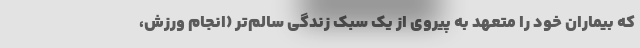
که بیماران خود را متعهد به پیروی از یک سبک زندگی سالم‌تر (انجام ورزش،